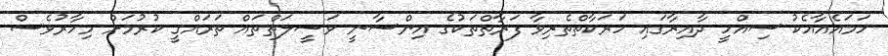
ހަމައެއާއެކު ސިއްހީ ދާއިރާގައި ހަރަކާތްތެރިވާ ފަރާތްތަކުގެ އިންސާނީ ވަސީލަތްތައް ތަރައްގީ ކުރުމަށް މިހާރުވެސް